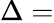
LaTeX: \Delta=